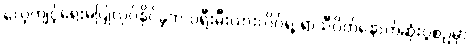
လေ့ကျင့်ရေးမပြုလုပ်နိုင်ခဲ့ဘဲ ပရီးမီးယားလိဂ်ရဲ့ ရာသီပိတ်နောက်ဆုံးပွဲစဉ်မှာ